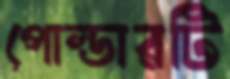
পোল্ডারটি